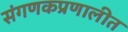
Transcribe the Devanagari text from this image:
संगणकप्रणालीत